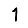
Digit: 1